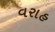
વરાહ